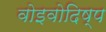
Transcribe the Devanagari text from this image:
वोइवोदिष्प